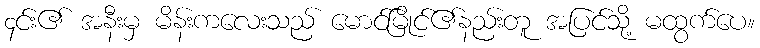
၄င်း၏ အနီးမှ မိန်းကလေးသည် မောင်မြိုင်၏နည်းတူ အပြင်သို့ မထွက်ပေ။